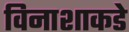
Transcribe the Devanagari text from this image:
विनाशाकडे